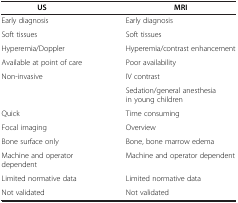
| US | MRI |
 | --- | --- |
 | Early diagnosis | Early diagnosis |
 | Soft tissues | Soft tissues |
 | Hyperemia/Doppler | Hyperemia/contrast enhancement |
 | Available at point of care | Poor availability |
 | <ROWSPAN=2> Non-invasive | IV contrast |
 | Sedation/general anesthesia in young children |
 | Quick | Time consuming |
 | Focal imaging | Overview |
 | Bone surface only | Bone, bone marrow edema |
 | Machine and operator dependent | Machine and operator dependent |
 | Limited normative data | Limited normative data |
 | Not validated | Not validated |